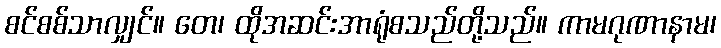
စင်စစ်သာလျှင်။ တေ၊ ထိုအဆင်းအာရုံစသည်တို့သည်။ ကာမဂုဏာနာမ၊